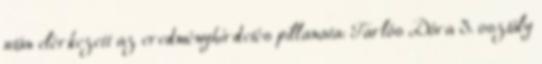
után elérkezett az eredményhirdetés pillanata: Tarlós Dóra 3. osztály